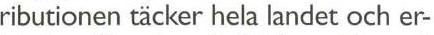
ributionen täcker hela landet och er-